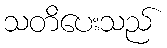
သတိပေးသည်